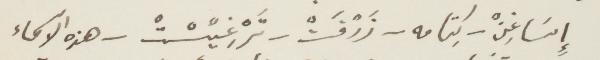
إسَاغِنْ -كِتامه- زَرْفَتْ - تَرْغِيسْتْ - هذه الأسماء